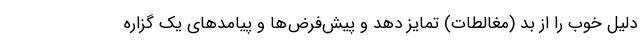
دلیل خوب را از بد (مغالطات) تمایز دهد و پیش‌فرض‌ها و پیامدهای یک گزاره